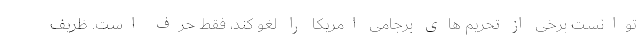
توانست برخی از تحریم های برجامی امریکا را لغو کند، فقط حرف است. ظریف